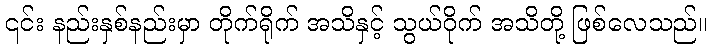
၎င်း နည်းနှစ်နည်းမှာ တိုက်ရိုက် အသိနှင့် သွယ်ဝိုက် အသိတို့ ဖြစ်လေသည်။